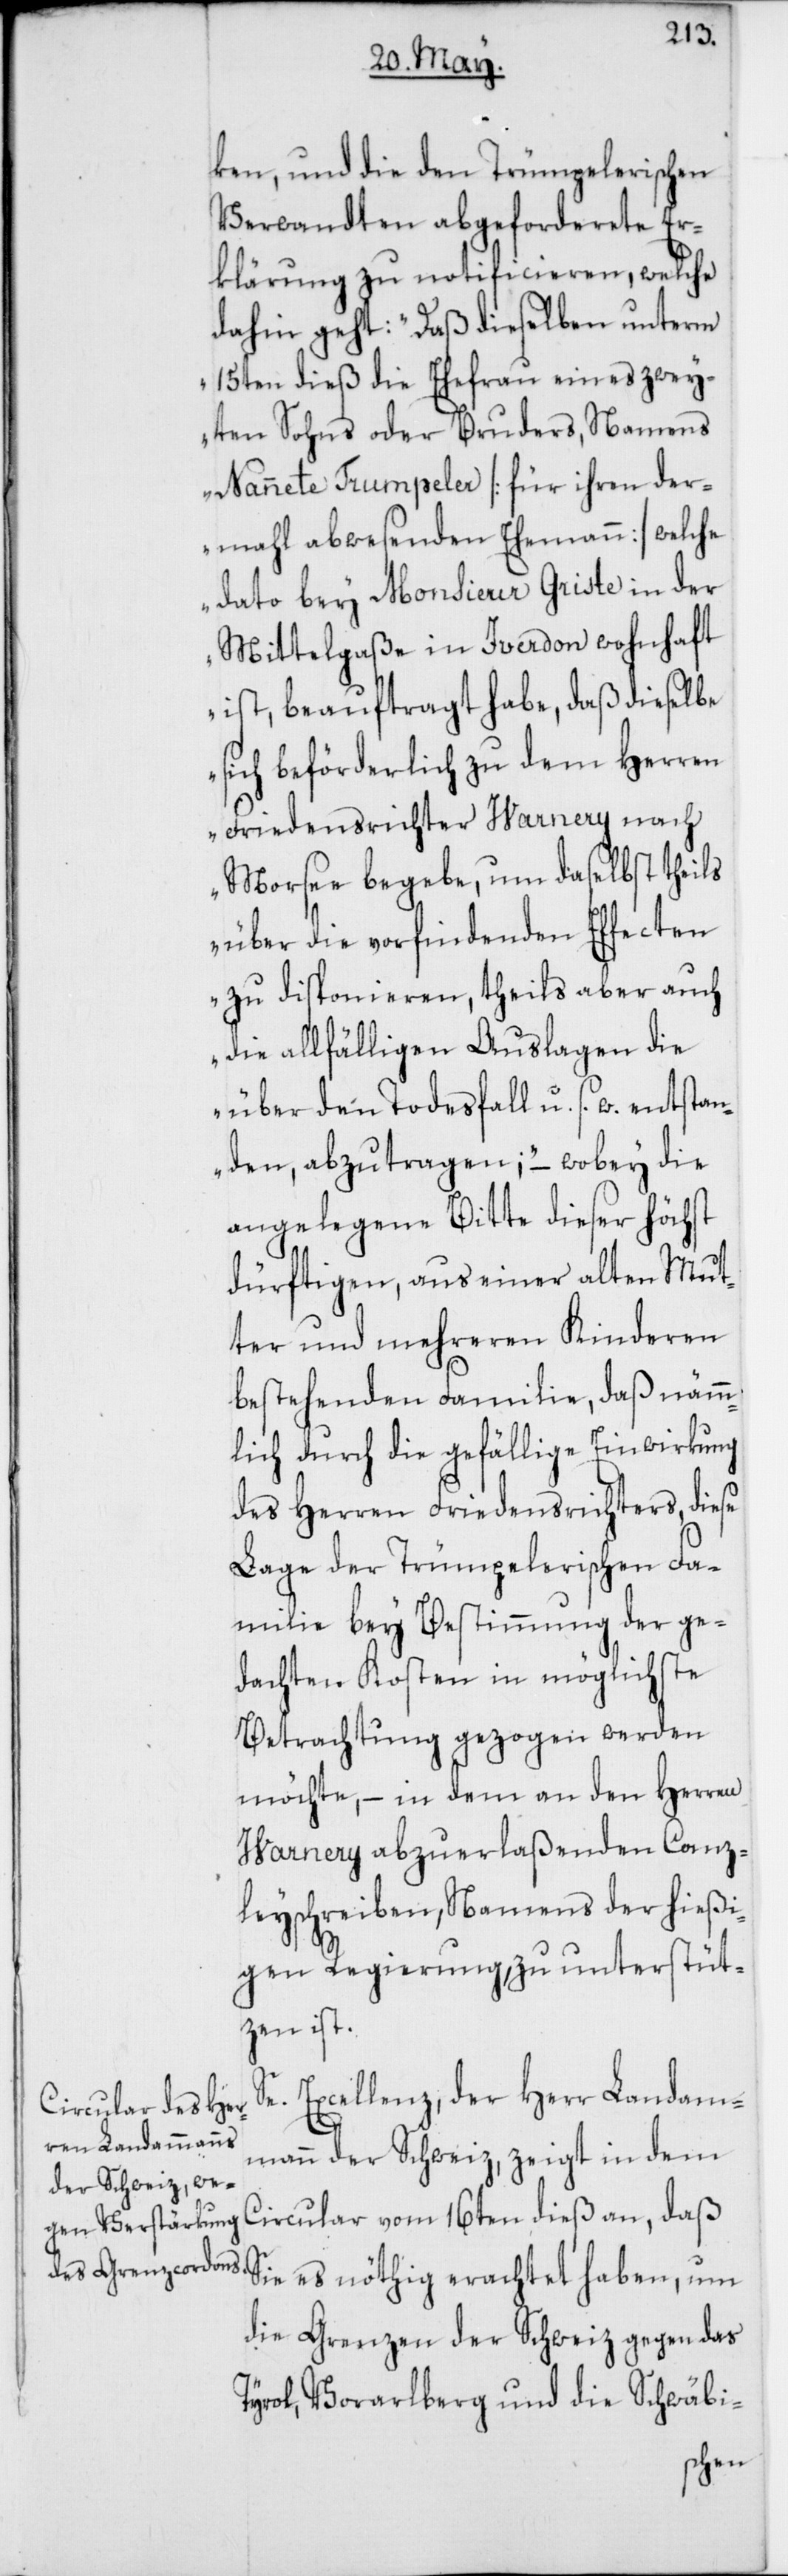
ken, und die den Trümpelerischen
Verwandten abgeforderete Er¬
klärung zu notificieren, welche
dahin geht: „Daß dieselben unterm
15ten dieß die Ehefrau eines zwey¬
ten Sohns oder Bruders, Namens
Nannete Trumpeler [für ihren der¬
mahl abwesenden Ehemann] welche
dato bey Monsieur Griste in der
Mittelgaße in Iverdon wohnhaft
ist, beauftragt habe, daß dieselbe
sich beförderlich zu dem Herren
Friedensrichter Harnery [sic!] nach
Morsee begebe, um daselbst theils
über die vorfindenden Effecten
zu disponieren, theils aber auch
die allfälligen Auslagen die
über den Todesfall u. s. w. entstan¬
den, abzutragen;“ – wobey die
angelegene Bitte dieser höchst
dürftigen, aus einer alten Mut¬
ter und mehreren Kinderen
bestehenden Familie, daß nämm¬
lich durch die gefällige Einwirkung
des Herren Friedensrichters, diese
Lage der Trümpelerischen Fa¬
milie bey Bestimmung der ge¬
dachten Kosten in möglichste
Betrachtung gezogen werden
möchte, – in dem an den Herren
Harnery abzuerlaßenden Canz¬
leyschreiben, Namens der hießi¬
gen Regierung, zu unterstüt¬
zen ist.
Se. Excellenz, der Herr Landam¬
mann der Schweiz, zeigt in dem
Circular vom 16ten dieß an, daß
Sie es nöthig erachtet haben, um
die Grenzen der Schweiz gegen das
Tyrol, Vorarlberg und die Schwäbi-